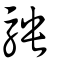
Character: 駚